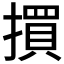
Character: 𢵯